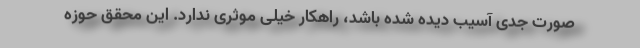
صورت جدی آسیب دیده شده باشد، راهکار خیلی موثری ندارد. این محقق حوزه